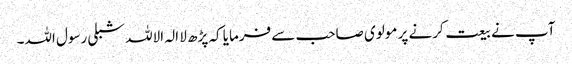
آپ نے بیعت کرنے پر مولوی صاحب سے فرمایا کہ پڑھ لا الہ الاللہ شبلی رسول اللہ۔